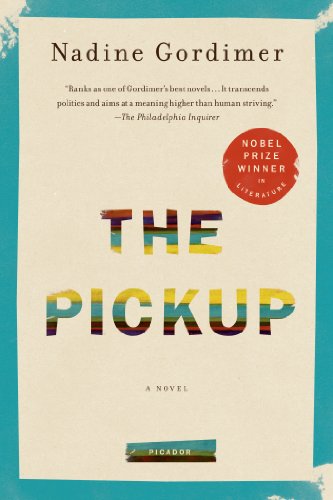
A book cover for The Pickup: A Novel; Nadine Gordimer; Literature & Fiction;